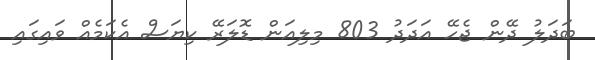
ބަދަލު ދޭން ޖެހޭ އަދަދު 803 މިލިއަން ޑޮލަރޭ ކިޔަސް އެކަމެއް ވައިގައި